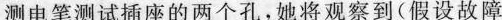
测电笔测试插座的两个孔，她将观察到(假设故障